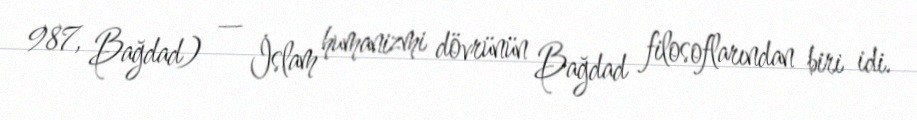
987, Bağdad) — İslam humanizmi dövrünün Bağdad filosoflarından biri idi.